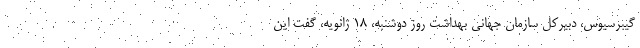
گیبرسیوس، دبیرکل سازمان جهانی بهداشت روز دوشنبه، ۱۸ ژانویه، گفت این